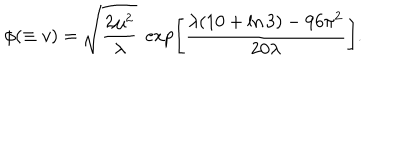
\phi ( \equiv v ) = \sqrt { \frac { 2 \mu ^ { 2 } } { \lambda } } \; \exp \left[ \frac { \lambda ( 1 0 + \ln 3 ) - 9 6 \pi ^ { 2 } } { 2 0 \lambda } \right] .